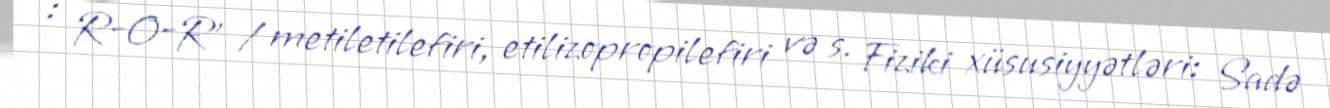
: R-O-R’ / metiletilefiri, etilizopropilefiri və s. Fiziki xüsusiyyətləri: Sadə